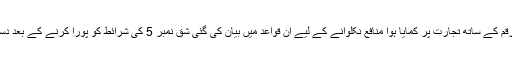
4. بونس کی رقم کے ساتھ تجارت پر کمایا ہوا منافع نکلوانے کے لیے ان قواعد میں بیان کی گئی شق نمبر 5 کی شرائط کو پورا کرنے کے بعد دستیاب ہوتا ہے۔